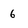
Character: 6